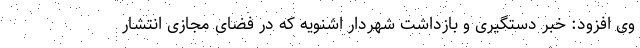
وی افزود: خبر دستگیری و بازداشت شهردار اشنویه که در فضای مجازی انتشار